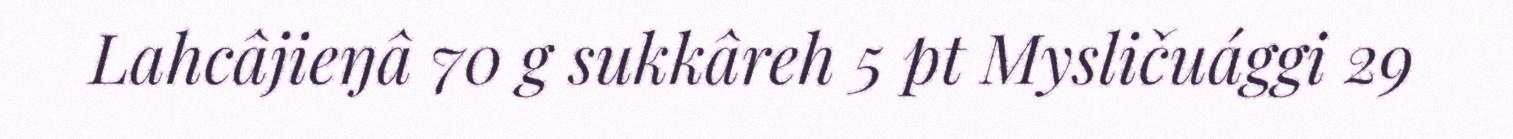
Lahcâjieŋâ 70 g sukkâreh 5 pt Mysličuággi 29